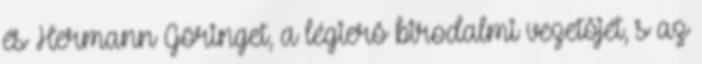
és Hermann Göringet, a légierõ birodalmi vezetõjét, s az